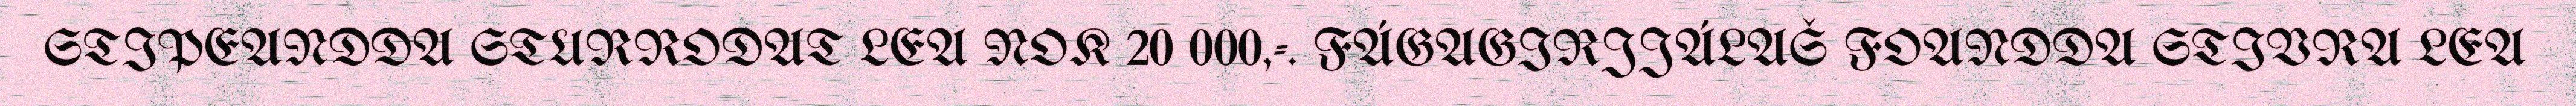
STIPEANDDA STURRODAT LEA NOK 20 000,-. FÁGAGIRJJÁLAŠ FOANDDA STIVRA LEA